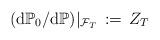
LaTeX: \begin{align*} \, ({ {\mathrm d} {\mathbb P}_{0}}/{ {\mathrm d} \mathbb P }) \vert_{\mathcal F_{T}} \, :=\, Z_{T} \, \end{align*}